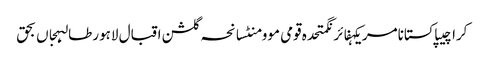
کراچیپاکستانامریکہفائرنگمتحدہ قومی موومنٹسانحہ گلشن اقبال لاہورطالبہجاں بحق